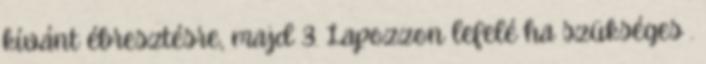
kívánt ébresztésre, majd 3. Lapozzon lefelé ha szükséges .